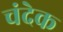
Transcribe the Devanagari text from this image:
चंदेक